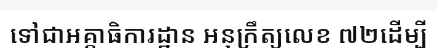
ទៅជាអគ្គាធិការដ្ឋាន អនុក្រឹត្យលេខ ៧២ដើម្បី